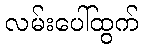
လမ်းပေါ်ထွက်